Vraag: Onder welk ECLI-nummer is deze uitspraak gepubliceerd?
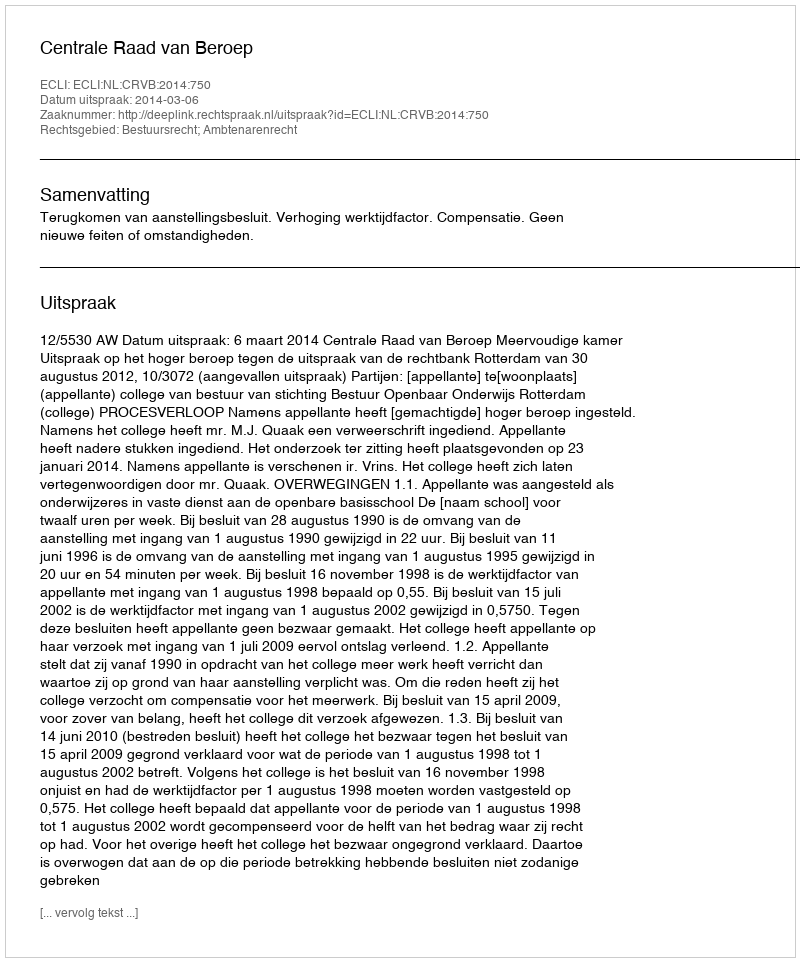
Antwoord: ECLI:NL:CRVB:2014:750